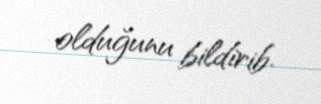
olduğunu bildirib.